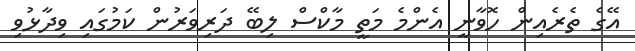
އޭގެ ތެރެއިން ހޮވާނީ އެންމެ މަތީ މާކްސް ލިބޭ ދަރިވަރުން ކަމުގައި ވިދާޅުވި